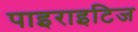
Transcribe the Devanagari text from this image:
पाइराइटिज